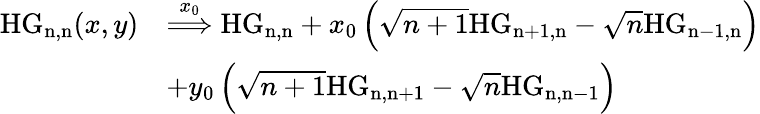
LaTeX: \begin{array}{rl}{\mathrm{HG_{n,n}}(x,y)}&{\overset{x_{0}}{\Longrightarrow}\mathrm{HG_{n,n}}+x_{0}\left(\sqrt{n+1}\mathrm{HG_{n+1,n}}-\sqrt{n}\mathrm{HG_{n-1,n}}\right)}\\ &{+y_{0}\left(\sqrt{n+1}\mathrm{HG_{n,n+1}}-\sqrt{n}\mathrm{HG_{n,n-1}}\right)}\end{array}